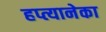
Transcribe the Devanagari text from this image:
हप्त्यानेका